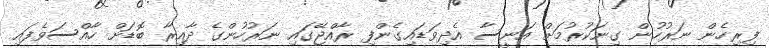
ފިރިހެން ނަރުހުން ގިނަކުރުމަށް އަނީސާ އެދިވަޑައިގެންފި ރާއްޖޭގައި ނަރުހުންގެ ދާއިރާ ބޮޑަށް ހާއްސަވެފައި